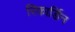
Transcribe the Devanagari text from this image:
रिकार्डिन